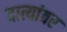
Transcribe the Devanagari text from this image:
दात्यांवर